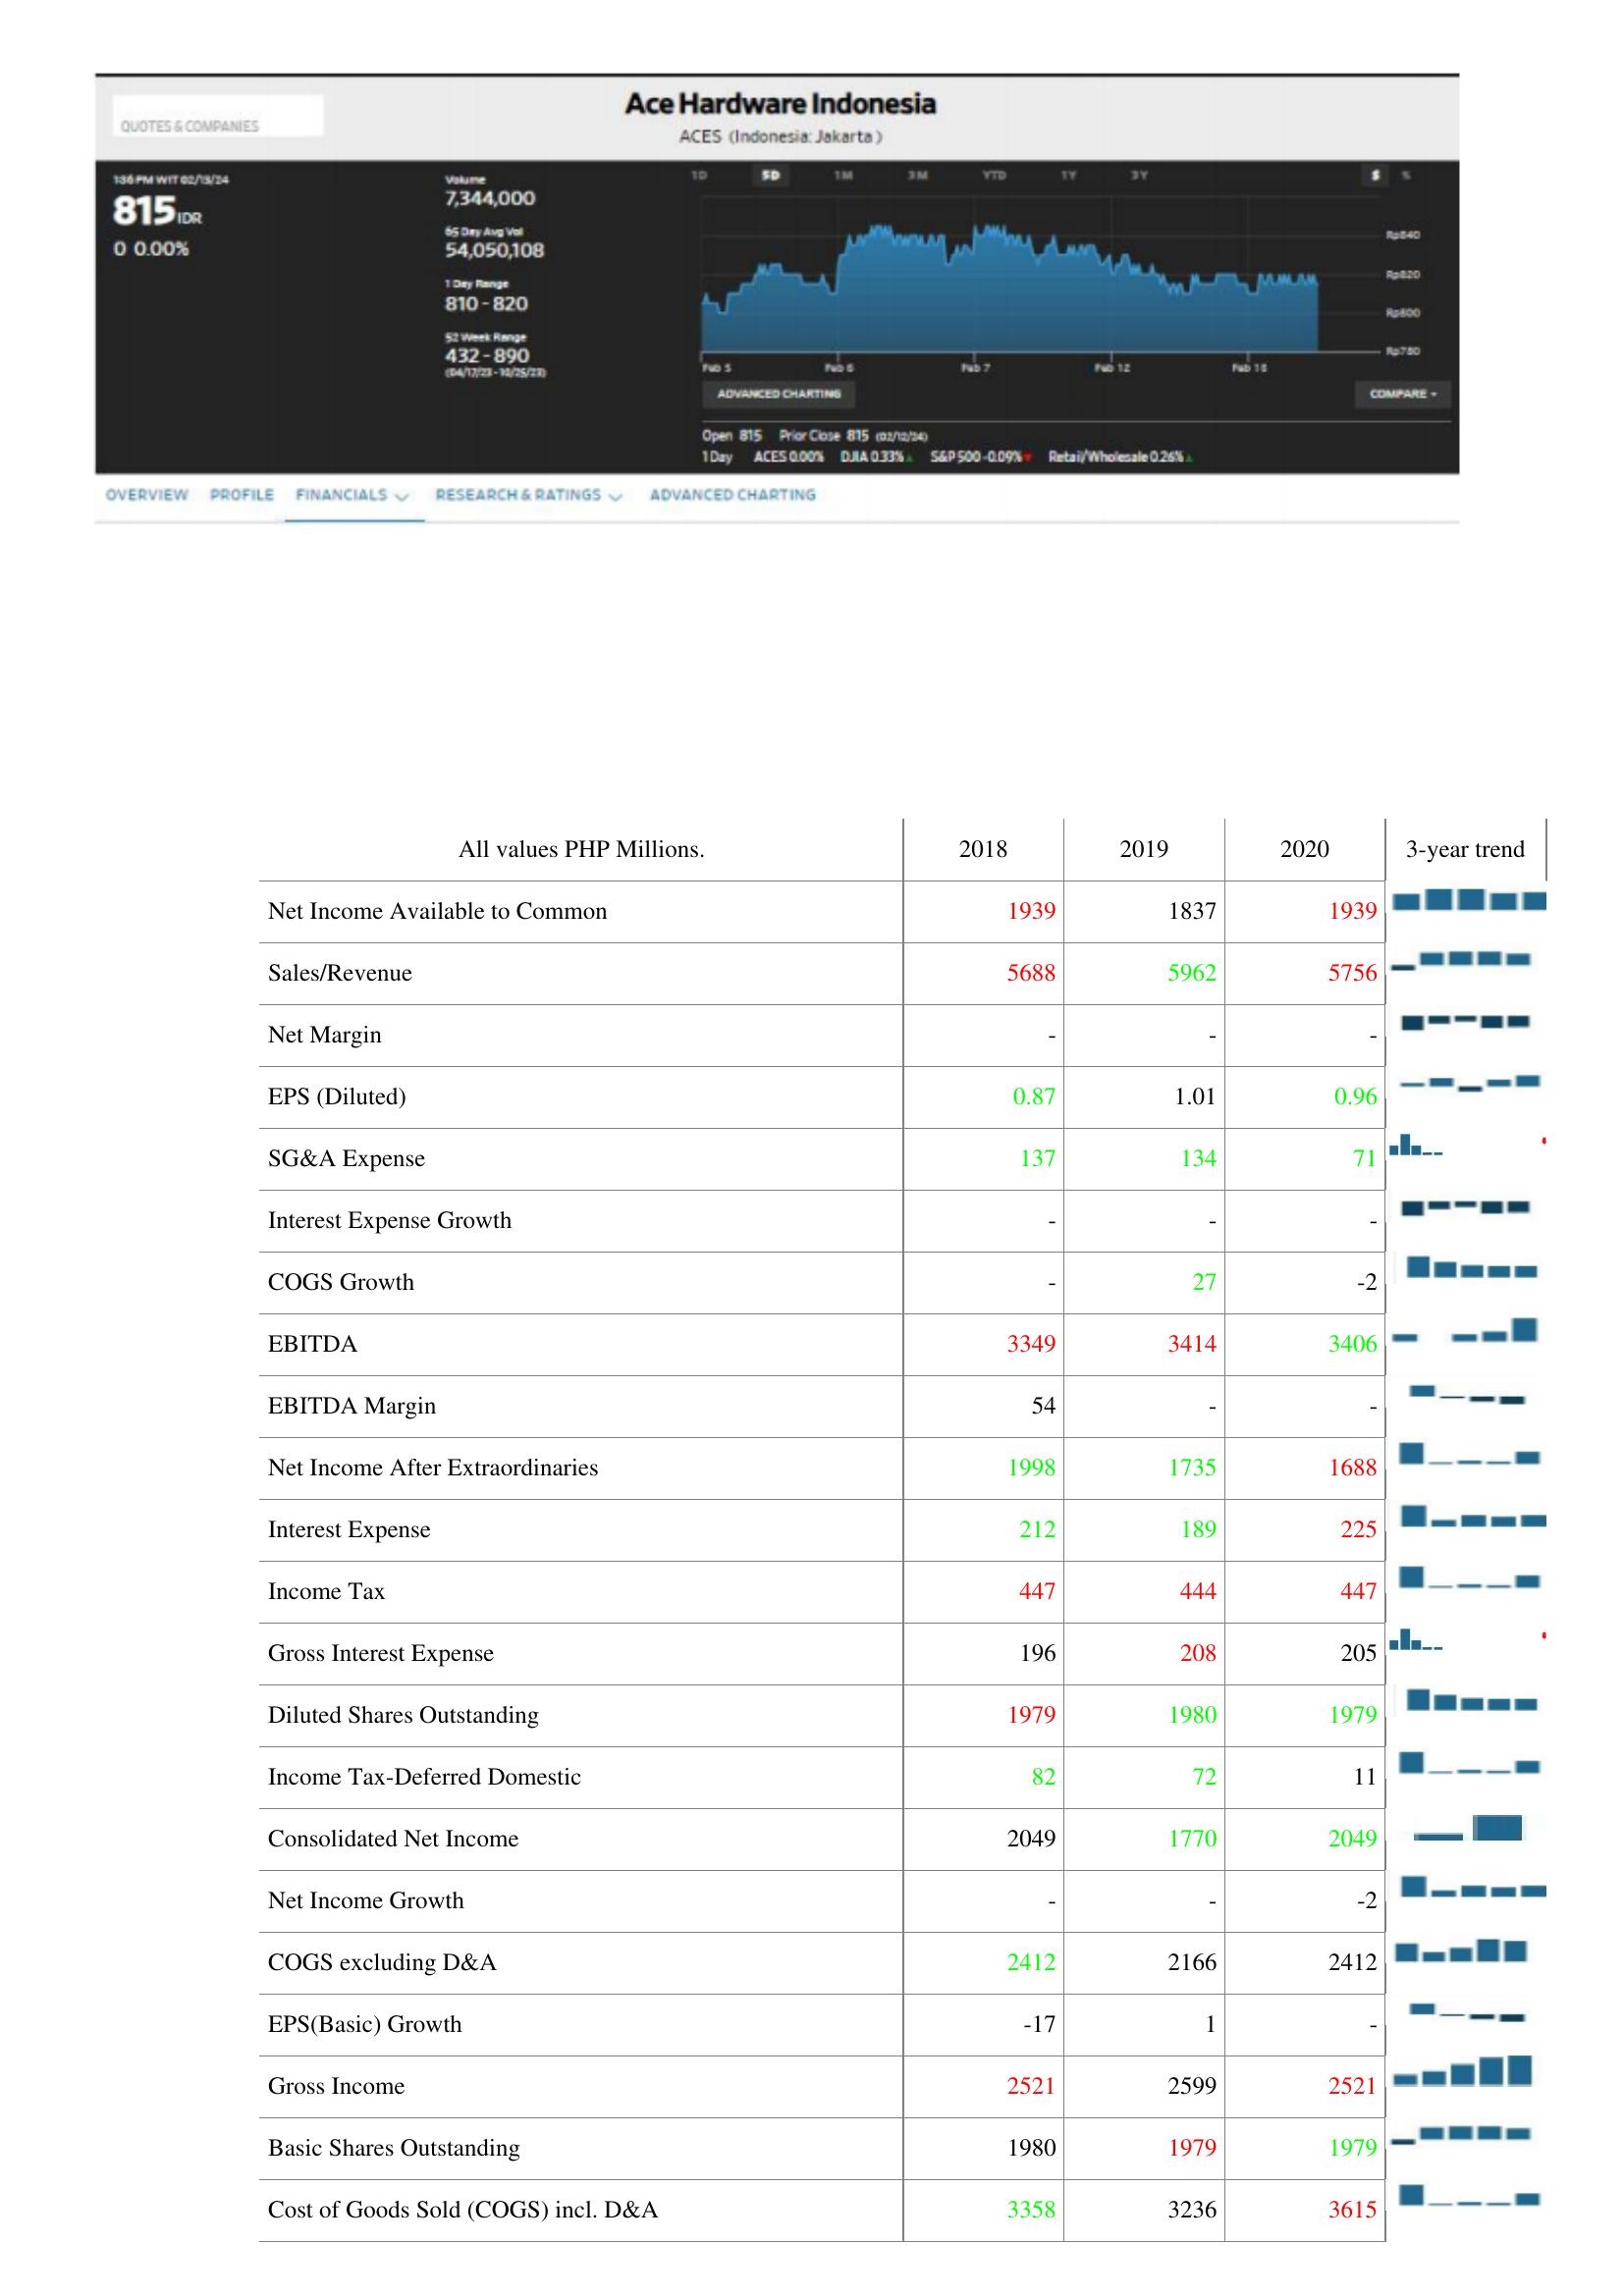
2018: : Net Income Available to Common: 1939
Sales/Revenue: 5688
Net Margin: -
EPS (Diluted): 0.87
SG&A Expense: 137
Interest Expense Growth: -
COGS Growth: -
EBITDA: 3349
EBITDA Margin: 54
Net Income After Extraordinaries: 1998
Interest Expense: 212
Income Tax: 447
Gross Interest Expense: 196
Diluted Shares Outstanding: 1979
Income Tax-Deferred Domestic: 82
Consolidated Net Income: 2049
Net Income Growth: -
COGS excluding D&A: 2412
EPS(Basic) Growth: -17
Gross Income: 2521
Basic Shares Outstanding: 1980
Cost of Goods Sold (COGS) incl. D&A: 3358
2019: : Net Income Available to Common: 1837
Sales/Revenue: 5962
Net Margin: -
EPS (Diluted): 1.01
SG&A Expense: 134
Interest Expense Growth: -
COGS Growth: 27
EBITDA: 3414
EBITDA Margin: -
Net Income After Extraordinaries: 1735
Interest Expense: 189
Income Tax: 444
Gross Interest Expense: 208
Diluted Shares Outstanding: 1980
Income Tax-Deferred Domestic: 72
Consolidated Net Income: 1770
Net Income Growth: -
COGS excluding D&A: 2166
EPS(Basic) Growth: 1
Gross Income: 2599
Basic Shares Outstanding: 1979
Cost of Goods Sold (COGS) incl. D&A: 3236
2020: : Net Income Available to Common: 1939
Sales/Revenue: 5756
Net Margin: -
EPS (Diluted): 0.96
SG&A Expense: 71
Interest Expense Growth: -
COGS Growth: -2
EBITDA: 3406
EBITDA Margin: -
Net Income After Extraordinaries: 1688
Interest Expense: 225
Income Tax: 447
Gross Interest Expense: 205
Diluted Shares Outstanding: 1979
Income Tax-Deferred Domestic: 11
Consolidated Net Income: 2049
Net Income Growth: -2
COGS excluding D&A: 2412
EPS(Basic) Growth: -
Gross Income: 2521
Basic Shares Outstanding: 1979
Cost of Goods Sold (COGS) incl. D&A: 3615